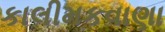
કાલીમકવાણા